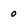
Character: 0